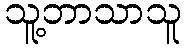
သူ့ဘာသာသူ